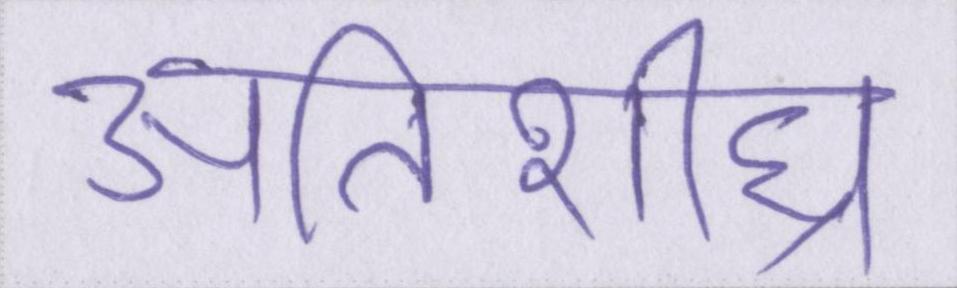
अतिशीघ्र